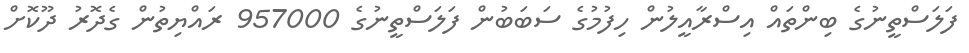
ފަލަސްތީނުގެ ބިންތައް އިސްރާއީލުން ހިފުމުގެ ސަބަބުން ފަލަސްތީނުގެ 957000 ރައްޔިތުން ގެދޮރު ދޫކޮށް